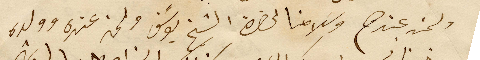
ولمن عندهم وسَلامنا لحضرة الشيخ يوسَف ولمن عنده وولده